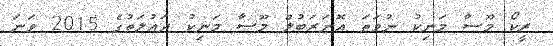
ރީކޯ މޫސާ މަނިކު ނުވަތަ އޮނަރަބުލް މޫސާ މަނިކު ދައުލަތުގެ 2015 ވަނަ